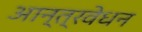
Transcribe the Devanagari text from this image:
आन्त्रवेधन